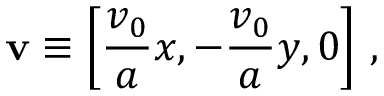
\mathbf { v } \equiv \left[ \frac { v _ { 0 } } { a } x , - \frac { v _ { 0 } } { a } y , 0 \right] \, ,